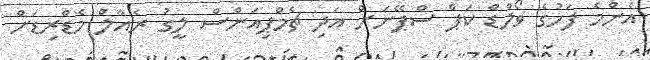
އެންމެ ފަހުގެ ވޯލްޑް ކަޕް ސްޕޭނަށް އަދި ޗެމްޕިއަންސް ލީގު ރެއާލް މެޑްރިޑަށް